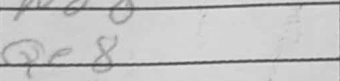
Transcription: Qe8